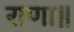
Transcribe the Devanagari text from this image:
राणा॥